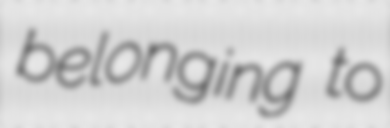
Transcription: belonging to